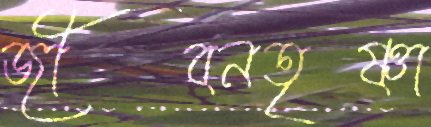
জীবনতৃষ্ণা